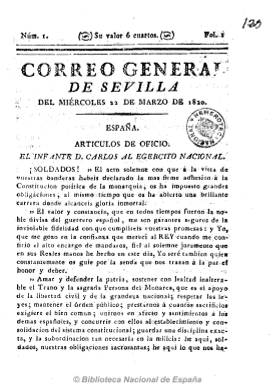
Título: Correo general de Sevilla
Colección: Periódicos anteriores a 1850
Ámbito geográfico: Sevilla
Lugar de publicación: Sevilla
Fechas: 22/03/1820-23/09/1820

El primero de los periódicos que comienzan a publicarse en la capital hispalense tras la jura de la Constitución gaditana por Fernando VII. Su primer número es del 22 de marzo de 1820. De carácter noticioso y de tendencia liberal templada, según Checa Godoy, es un bisemanario que aparece los miércoles y sábados en números de cuatro u ocho páginas y foliación continuada. Inserta noticias del extranjero, de España y locales, avisos y sueltos, así como artículos de oficio (proclamas, circulares, decretos), algunos sacados de la Gaceta de Madrid.

Debió publicarse hasta mediados de 1821. Chaves Rey dice haber visto hasta el número 140, y fue rival de su coetáneo El defensor de la patria, también de tendencia liberal. Salió de la imprenta de Padrino.